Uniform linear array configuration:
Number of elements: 48
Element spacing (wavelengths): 0.75
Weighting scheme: kaiser
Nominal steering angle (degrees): -45
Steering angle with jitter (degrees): -45.031
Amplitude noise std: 0.05
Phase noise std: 0.05

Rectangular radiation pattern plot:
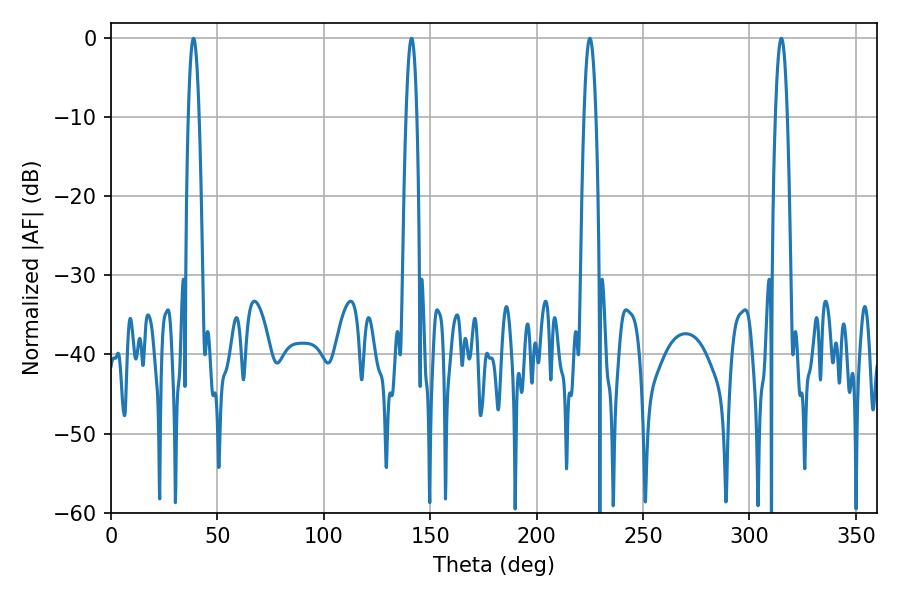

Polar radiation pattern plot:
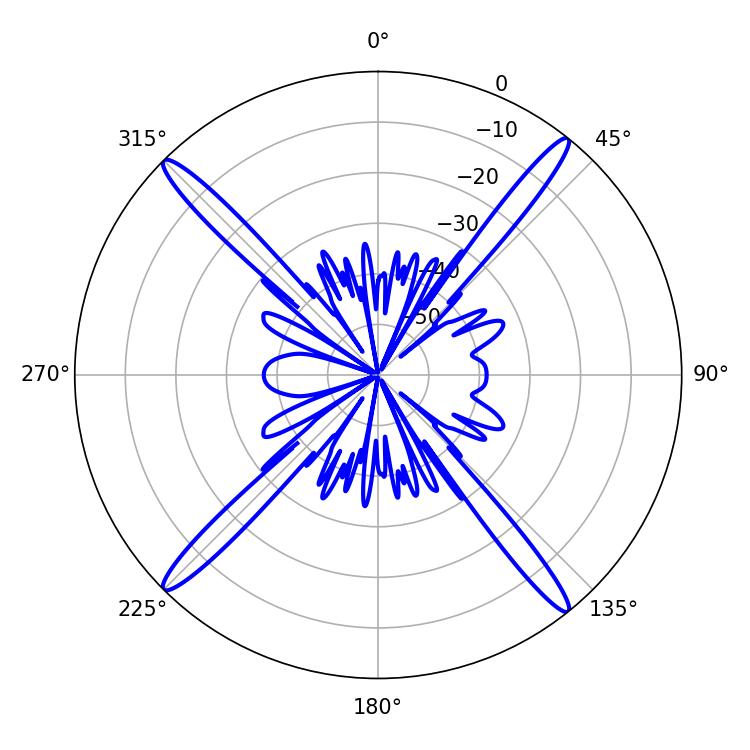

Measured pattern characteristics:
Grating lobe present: TRUE
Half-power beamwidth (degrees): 3.06
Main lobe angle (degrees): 225